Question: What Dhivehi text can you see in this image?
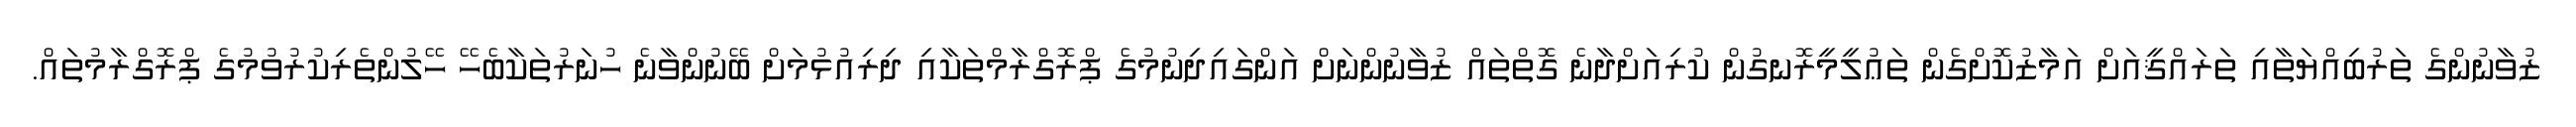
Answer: ޒުވާނުންގެ ތަރުބިއްޔަތާއި ތަރައްޤީއަށް އަމާޒުކޮށްގެން ތަޢުލީމީރޮނގުން ކުރިއަށްދާނެ ގޮތްތައް ޒުވާނުންނަށް އަންގައިދިނުމުގެ ޕްރޮގްރާމްތަކާއި ދިރިއުޅުމަށް ބޭނުންވާނެ ހުނަރުތަކާބެހޭ ހޭލުންތެރިކުރުވުމުގެ ޕްރޮގްރާމުތައް.